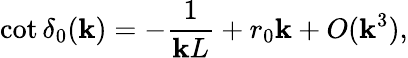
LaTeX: \cot\delta_{0}(\mathbf{k})=-\frac{{1}}{{\mathbf{k}L}}+r_{0}\mathbf{k}+O(\mathbf{k}^{3}),